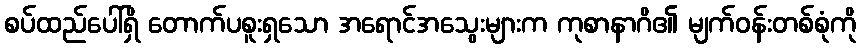
စပ်ထည်ပေါ်ရှိ တောက်ပစူးရှသော အရောင်အသွေးများက ကုစာနာဂိ၏ မျက်ဝန်းတစ်စုံကို